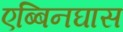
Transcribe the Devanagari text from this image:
एब्बिनघास